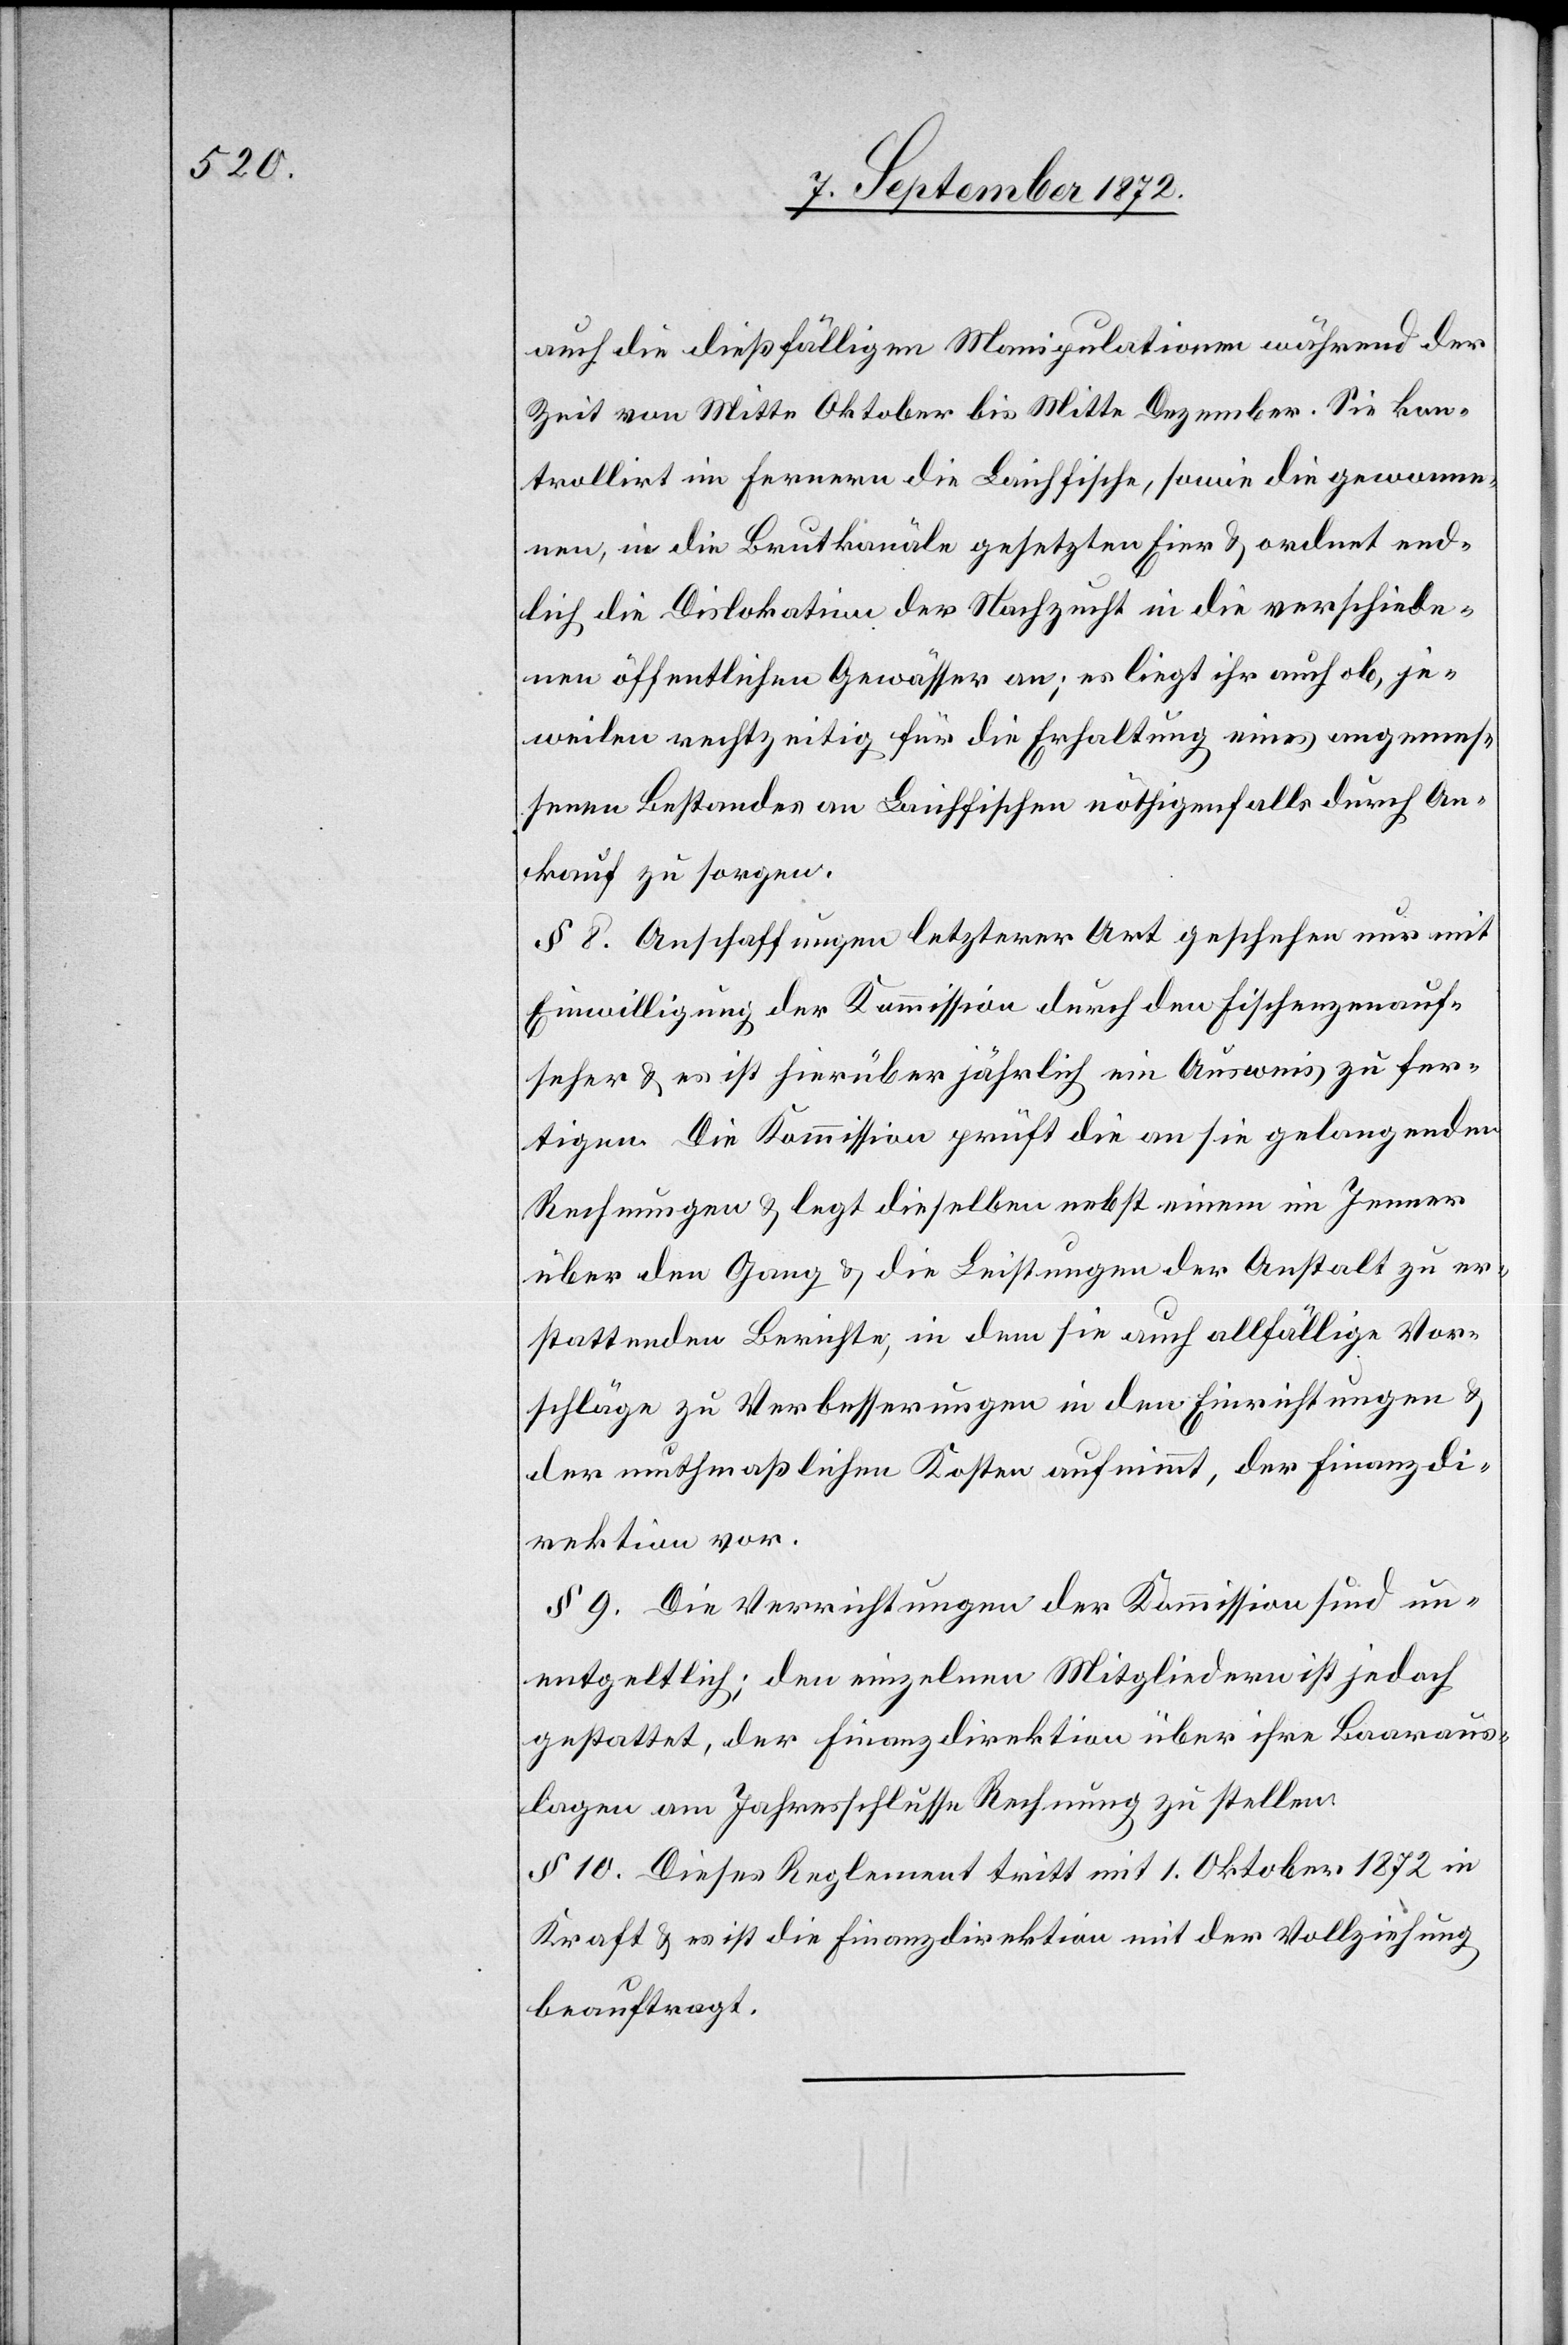
rektion.

auch die dießfälligen Manipulationen während der
Zeit von Mitte Oktober bis Mitte Dezember. Sie kon¬
trollirt im Fernern die Laichfische, sowie die gewonne¬
nen, in die Brutkanäle gesetzten Eier u. ordnet end¬
lich die Dislokation der Nachzucht in die verschiede¬
nen öffentlichen Gewässer an; es liegt ihr auch ob, je¬
weilen rechtzeitig für die Erhaltung eines angemes¬
senen Bestandes an Laichfischen nöthigenfalls durch An¬
kauf zu sorgen.
§ 8. Anschaffungen letzterer Art geschehen nur mit
Einwilligung der Kommission durch den Fischenzenauf¬
seher u. es ist hierüber jährlich ein Ausweis zu fer¬
tigen. Die Kommission prüft die an sie gelangenden
Rechnungen u. legt dieselben nebst einem im Jenner
über den Gang u. die Leistungen der Anstalt zu er¬
stattenden Berichte, in dem sie auch allfällige Vor¬
schläge zu Verbesserungen in den Einrichtungen u.
der muthmaßlichen Kosten aufnimmt, der Finanzdi¬
§ 9. Die Verrichtungen der Kommission sind un¬
entgeltlich; den einzelnen Mitgliedern ist jedoch
gestattet, der Finanzdirektion über ihre Baaraus¬
lagen am Jahresschlusse Rechnung zu stellen.
§ 10. Dieses Reglement tritt mit 1. Oktober 1872 in
Kraft u. es ist die Finanzdirektion mit der Vollziehung
beauftragt.